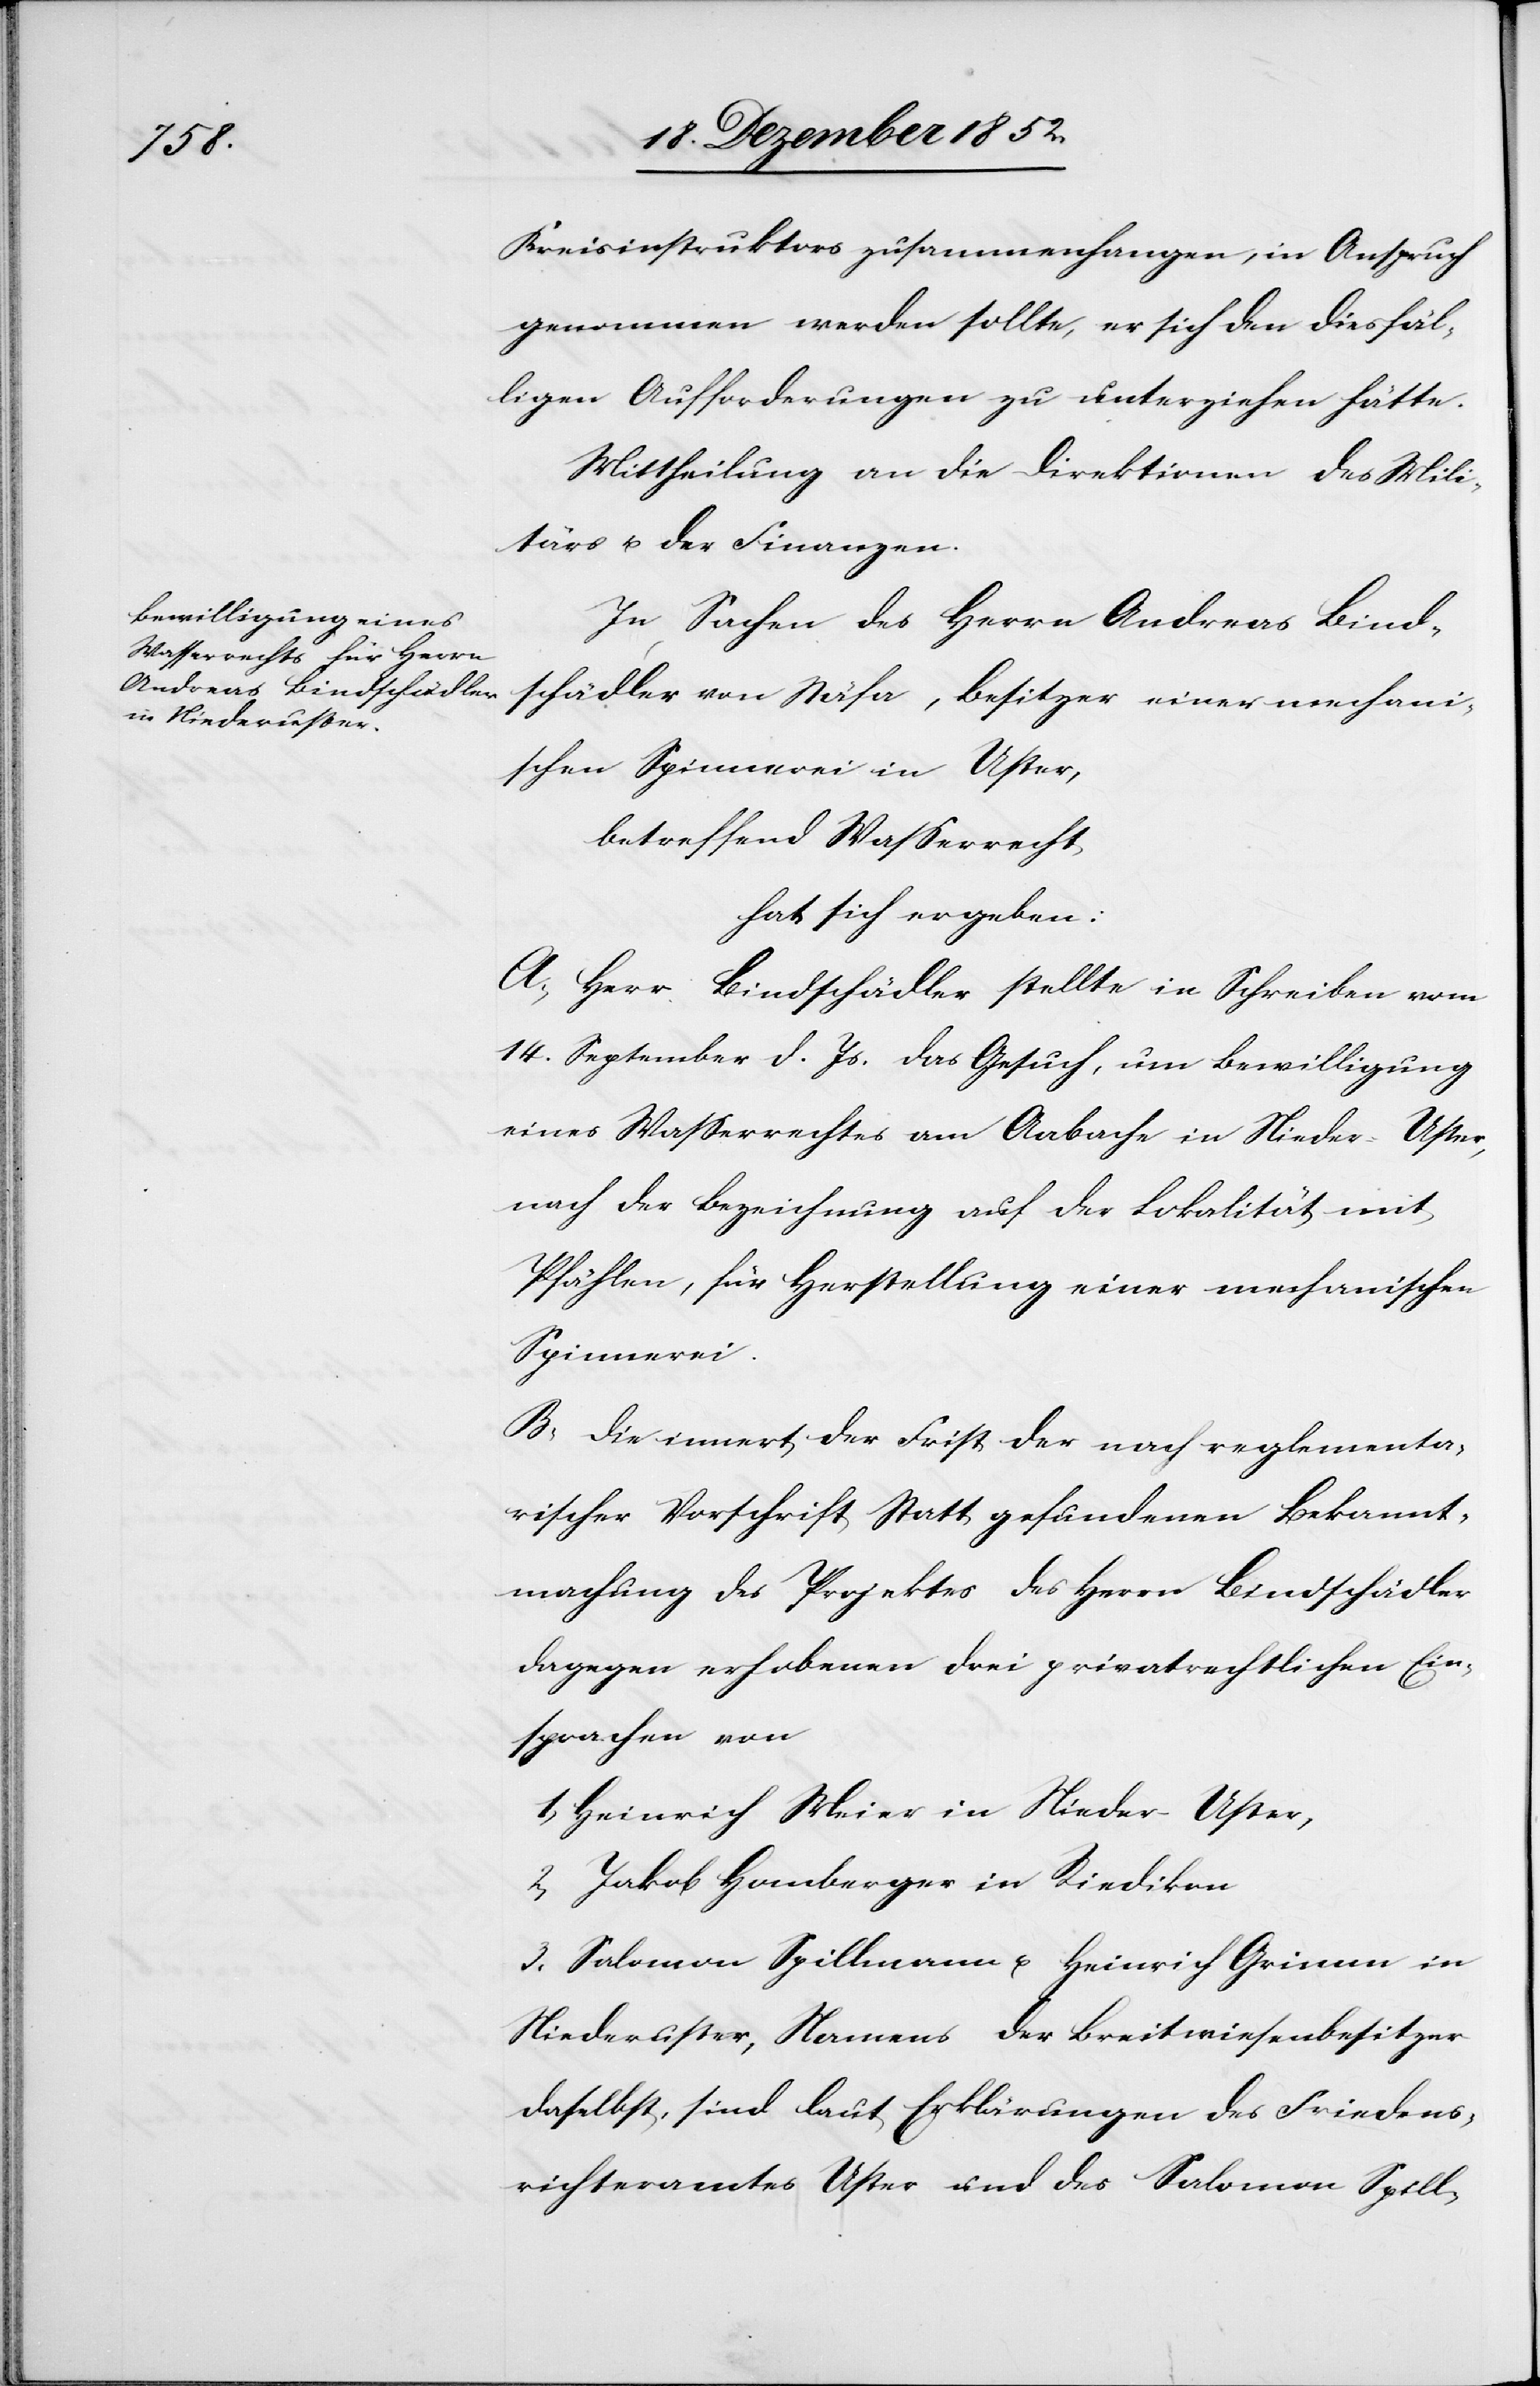
Kreisinstruktors zusammenhangen, in Anspruch
genommen werden sollte, er sich den diesfäl¬
ligen Aufforderungen zu unterziehen hätte.
Mittheilung an die Direktion des Mili¬
tärs u. der Finanzen.
In Sachen des Herrn Andreas Bind¬
schädler von Stäfa, Besitzer einer mechani¬
schen Spinnerei in Uster,
betreffend Wasserrecht
hat sich ergeben:
A, Herr Bindschädler stellte in Schreiben vom
14. September d. Js. das Gesuch, um Bewilligung
eines Wasserrechtes am Aabache in Nieder-Uster,
nach der Bezeichnung auf der Lokalität mit
Pfählen, für Herstellung einer mechanischen
Spinnerei.
B, Die innert der Frist der nach reglementa¬
rischer Vorschrift Statt gefundenen Bekannt¬
machung des Projektes des Herrn Bindschädler
dagegen erhobenen drei privatrechtlichen Ein¬
sprachen von
1, Heinrich Meier in Nieder-Uster,
2, Jakob Homberger in Riedikon
3, Salomon Spillmann u. Heinrich Grimm in
Niederuster, Namens der Breitwiesenbesitzer
daselbst, sind laut Erklärungen des Friedens¬
richteramtes Uster und des Salomon Spill-